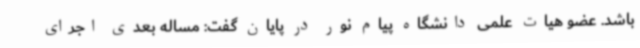
باشد. عضو هیات علمی دانشگاه پیام نور در پایان گفت: مساله بعدی اجرای